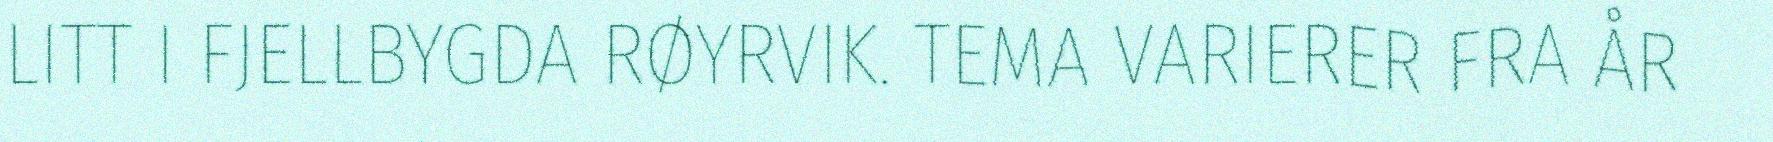
LITT I FJELLBYGDA RØYRVIK. TEMA VARIERER FRA ÅR